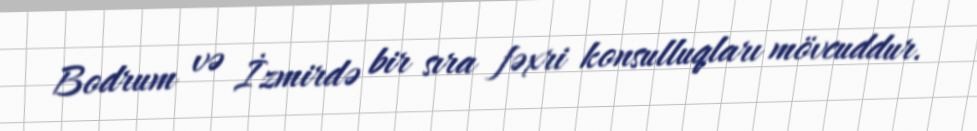
Bodrum və İzmirdə bir sıra fəxri konsulluqları mövcuddur.